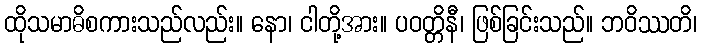
ထိုသမာဓိစကားသည်လည်း။ နော၊ ငါတို့အား။ ပဝတ္တိနီ၊ ဖြစ်ခြင်းသည်။ ဘဝိဿတိ၊